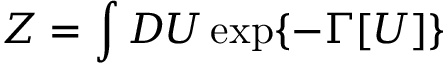
Z = \int D U \exp \{ - \Gamma [ U ] \}